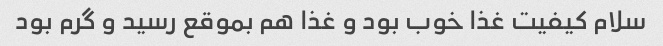
سلام کیفیت غذا خوب بود و غذا هم بموقع رسید و گرم بود